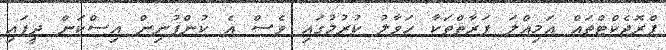
ޕްރޮޖެކްޓްތައް އަމިއްލަ ފަރާތްތަކާ ހަވާލު ކުރުމުގައި ވެސް އެ ކުންފުނިން އިސްކަން ދީފައި